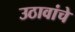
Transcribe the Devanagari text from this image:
उठावांचे